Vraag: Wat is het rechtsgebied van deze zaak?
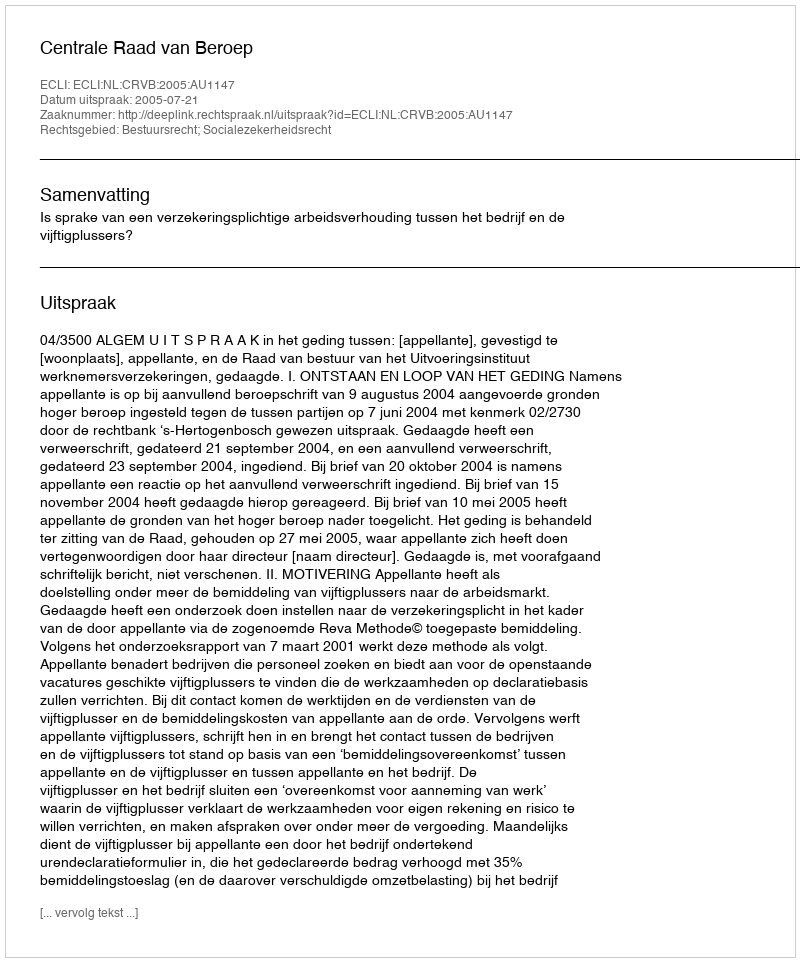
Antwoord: Bestuursrecht; Socialezekerheidsrecht